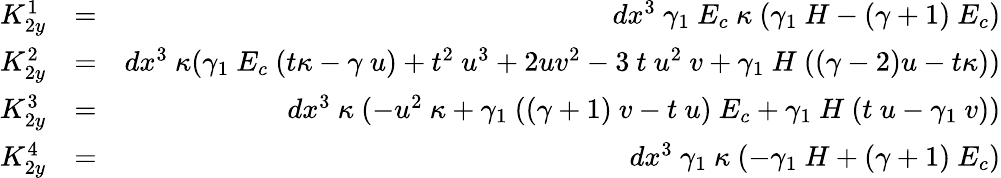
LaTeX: \begin{array}{rlr}{K_{2y}^{1}}&{=}&{dx^{3}~\gamma_{1}~E_{c}~\kappa~(\gamma_{1}~H-(\gamma+1)~E_{c})}\\ {K_{2y}^{2}}&{=}&{dx^{3}~\kappa(\gamma_{1}~E_{c}~(t\kappa-\gamma~u)+t^{2}~u^{3}+2uv^{2}-3~t~u^{2}~v+\gamma_{1}~H~((\gamma-2)u-t\kappa))}\\ {K_{2y}^{3}}&{=}&{dx^{3}~\kappa~(-u^{2}~\kappa+\gamma_{1}~((\gamma+1)~v-t~u)~E_{c}+\gamma_{1}~H~(t~u-\gamma_{1}~v))}\\ {K_{2y}^{4}}&{=}&{dx^{3}~\gamma_{1}~\kappa~(-\gamma_{1}~H+(\gamma+1)~E_{c})}\end{array}